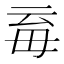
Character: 𣫱